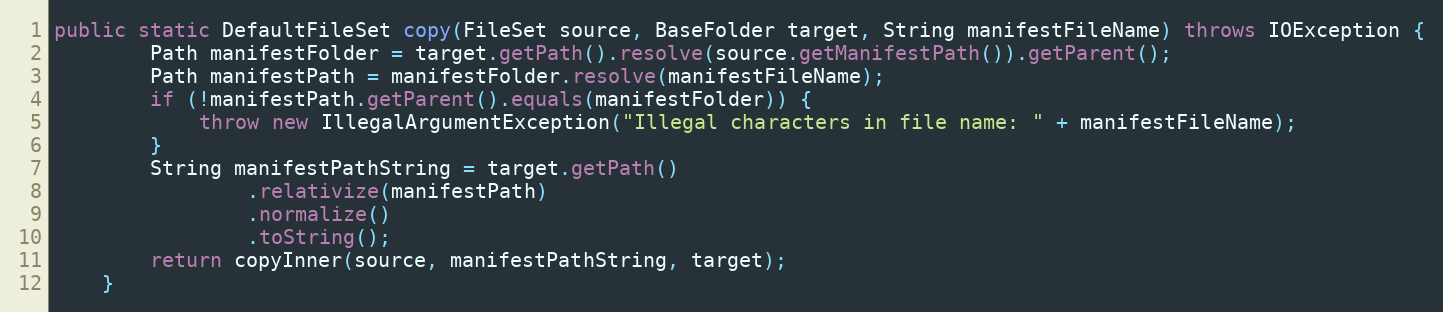
Language: Java
public static DefaultFileSet copy(FileSet source, BaseFolder target, String manifestFileName) throws IOException {
		Path manifestFolder = target.getPath().resolve(source.getManifestPath()).getParent();
		Path manifestPath = manifestFolder.resolve(manifestFileName);
		if (!manifestPath.getParent().equals(manifestFolder)) {
			throw new IllegalArgumentException("Illegal characters in file name: " + manifestFileName);
		}
		String manifestPathString = target.getPath()
				.relativize(manifestPath)
				.normalize()
				.toString();
		return copyInner(source, manifestPathString, target);
	}